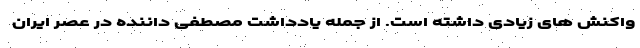
واکنش های زیادی داشته است. از جمله یادداشت مصطفی داننده در عصر ایران